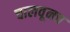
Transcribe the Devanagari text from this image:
चालवूनच